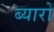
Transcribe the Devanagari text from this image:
ब्यारों